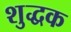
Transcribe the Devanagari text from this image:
शुद्धक